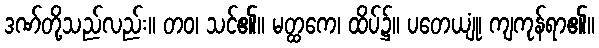
ဒဏ်တို့သည်လည်း။ တဝ၊ သင်၏။ မတ္ထကေ၊ ထိပ်၌။ ပတေယျုံ၊ ကျကုန်ရာ၏။